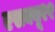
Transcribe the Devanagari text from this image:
एसक्यू२१